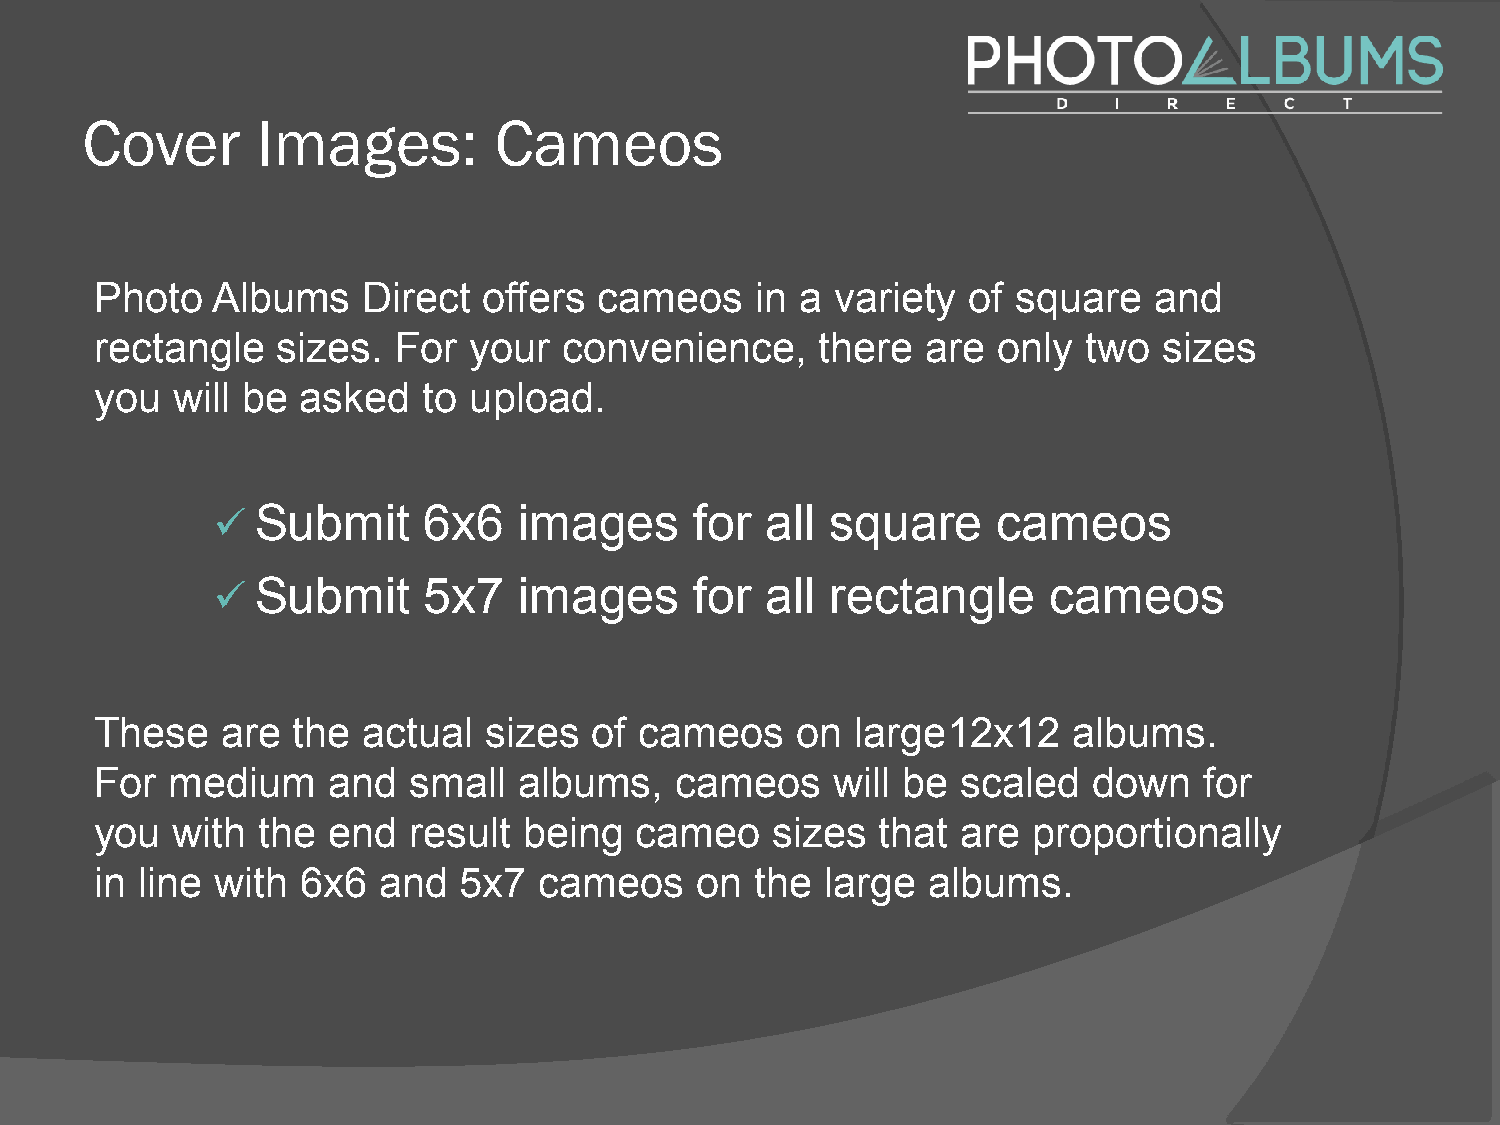
Cover       Images:         Cameos
 Photo   Albums    Direct  offers  cameos    in a variety  of square   and
 rectangle   sizes.  For  your  convenience,     there  are  only  two  sizes
 you  will be  asked   to upload.
 ü  Submit     6x6   images      for  all square     cameos
 ü  Submit     5x7   images      for  all rectangle      cameos
 These    are the  actual  sizes  of cameos     on  large12x12    albums.
 For  medium     and  small  albums,    cameos    will be  scaled  down    for
 you  with  the  end  result  being  cameo    sizes  that  are proportionally
 in line with  6x6  and  5x7   cameos    on  the  large albums.